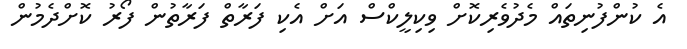
އެ ކުންފުނިތައް މެދުވެރިކޮށް ވިކިލީކްސް އަށް އެކި ފަރާތް ފަރާތުން ފޯރު ކޮށްދެމުން